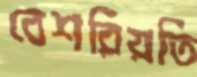
বেশরিয়তি